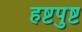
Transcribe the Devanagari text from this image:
हष्टपुष्ट